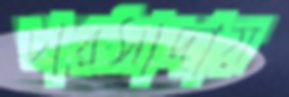
চারসাদায়